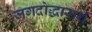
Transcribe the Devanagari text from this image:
जगदोद्धारार्थ